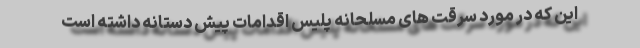
این که در مورد سرقت های مسلحانه پلیس اقدامات پیش دستانه داشته است